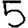
Digit: 5